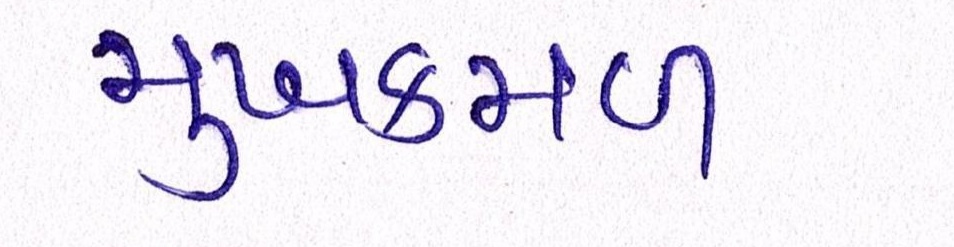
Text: મુખકમળ